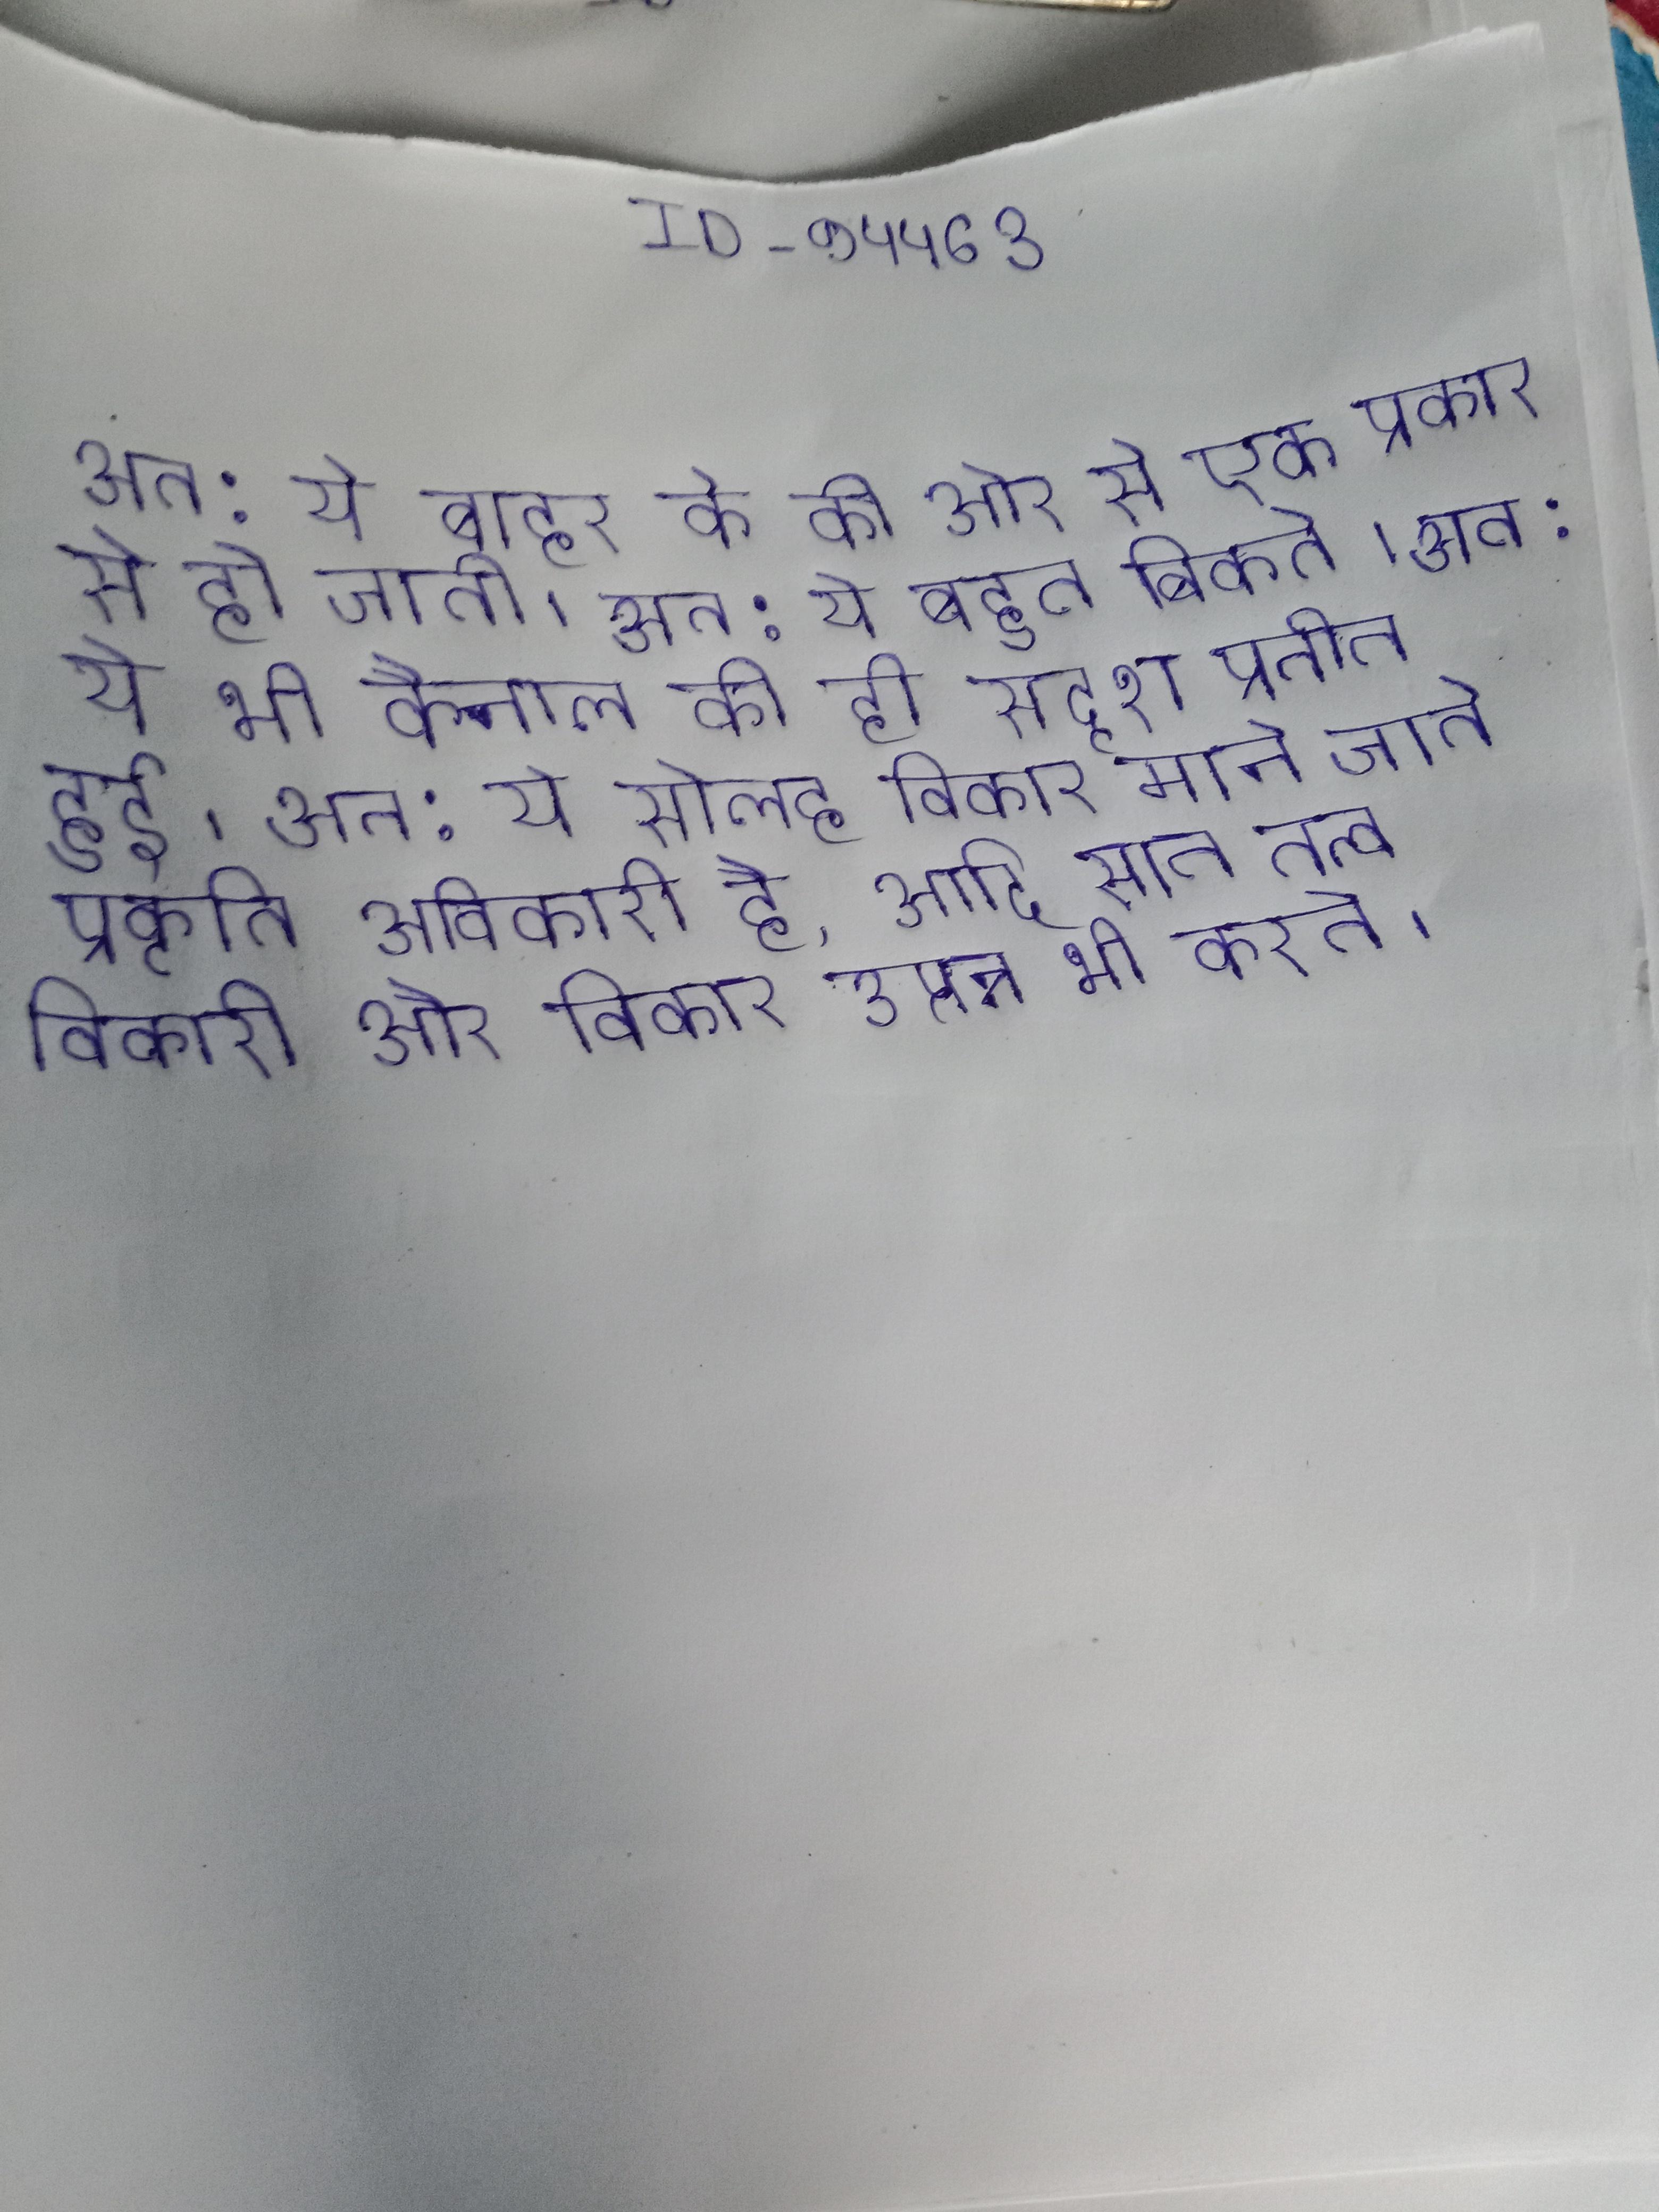
अत: ये बाहर के की ओर से एक प्रकार से हो जाती । अत: ये बहुत बिकते । अत: ये भी कैनाल की ही सदृश प्रतीत हुई । अत: ये सोलह विकार माने जाते प्रकृति अविकारी है, आदि सात तत्व विकारी और विकार उत्पन्न भी करते ।